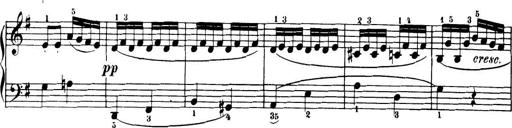
Title: 32 Sonatinas and Rondos for the Piano
Composer: Richard Kleinmichel